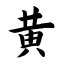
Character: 黄